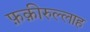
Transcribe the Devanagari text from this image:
फ़क़ीरुल्लाह